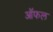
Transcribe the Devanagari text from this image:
ऑफल